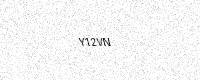
Text: Y12VN